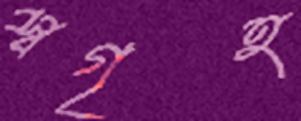
স্বগৃহ